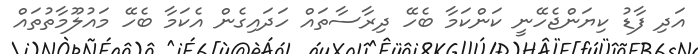
އަދި ފާޑު ކިޔަންޖެހޭނީ ކަންކަމާ ބެހޭ ދިރާސާތައް ހަދައިގެން އެކަމާ ބެހޭ މައުލޫމާތުތައް